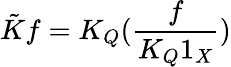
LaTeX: \tilde{K}f=K_{Q}(\frac{f}{K_{Q}1_{X}})